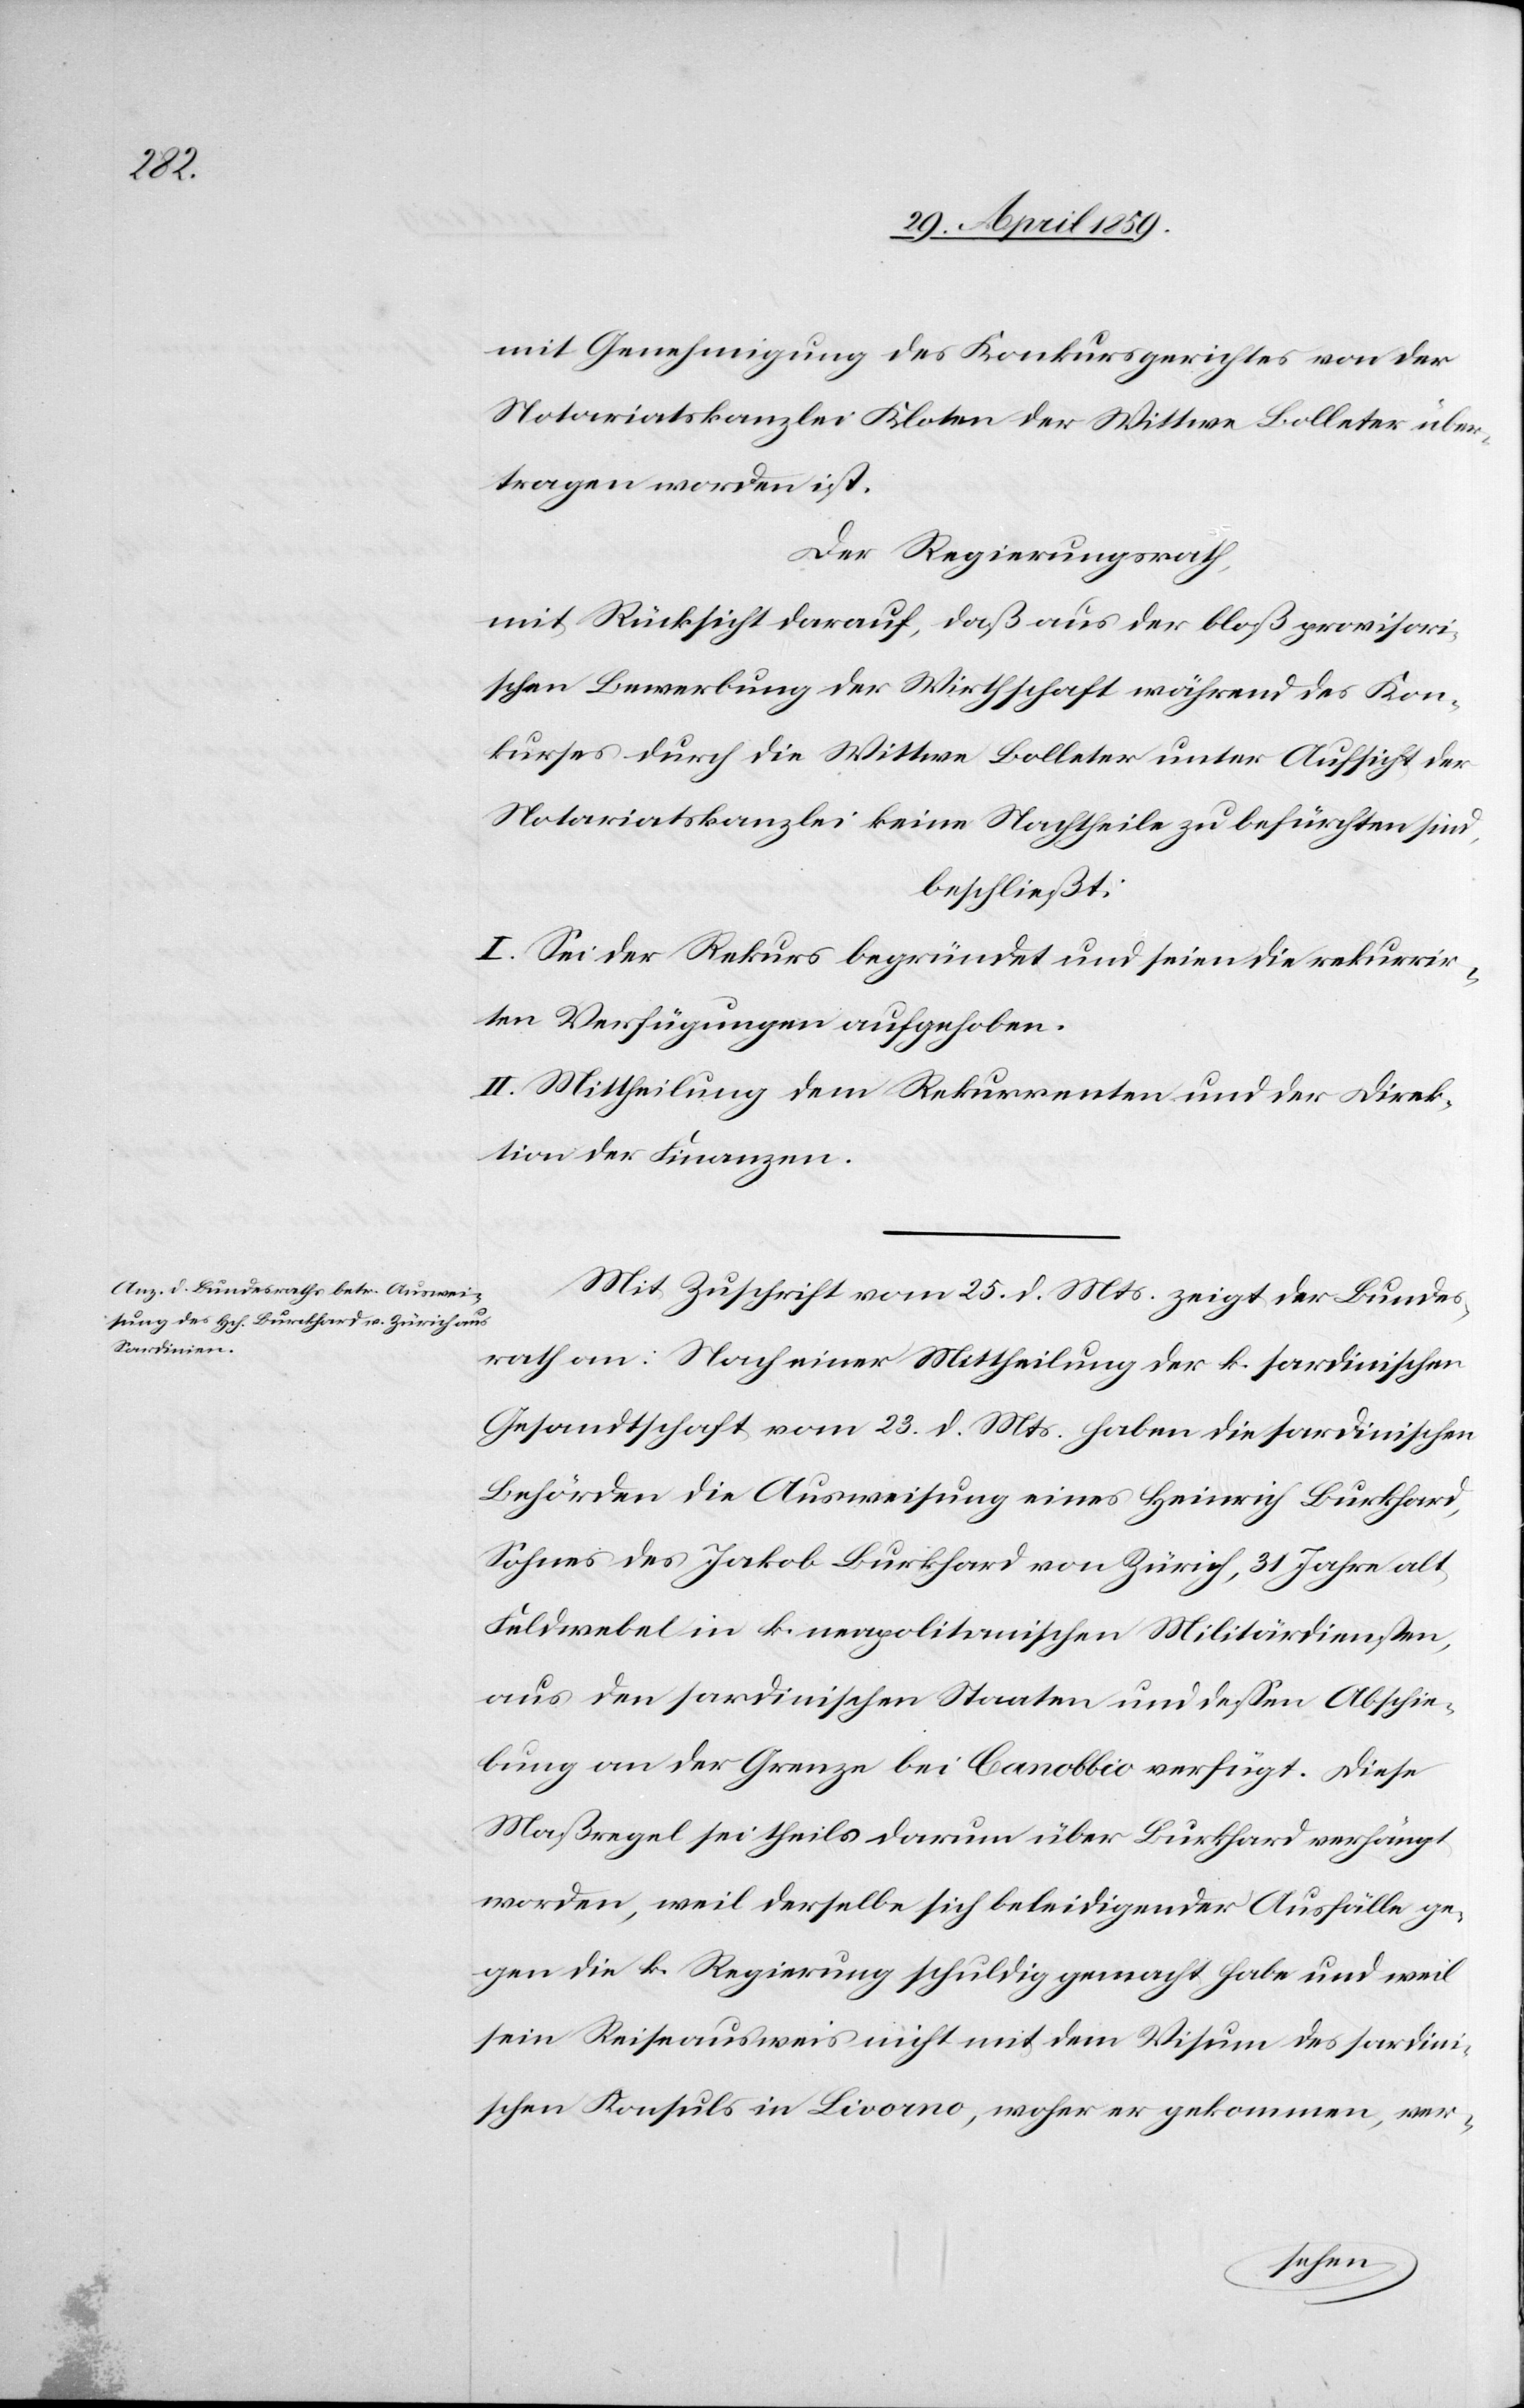
mit Genehmigung des Konkursgerichtes von der
Notariatskanzlei Kloten der Wittwe Bolleter über¬
tragen worden ist.
Der Regierungsrath,
mit Rücksicht darauf, daß aus der bloß provisori¬
schen Bewerbung der Wirthschaft während des Kon¬
kurses durch die Wittwe Bolleter unter Aufsicht der
Notariatskanzlei keine Nachtheile zu befürchten sind,
beschließt:
I. Sei der Rekurs begründet und seien die rekurrir¬
ten Verfügungen aufgehoben.
II. Mittheilung dem Rekurrenten und der Direk¬
tion der Finanzen.
Mit Zuschrift vom 25. d. Mts. zeigt der Bundes¬
rath an: Nach einer Mittheilung der k. sardinischen
Gesandtschaft vom 23. d. Mts. haben die sardinischen
Behörden die Ausweisung eines Heinrich Burckhard,
Sohnes des Jakob Burkhard [sic!] von Zürich, 31 Jahre alt
Feldwebel in k. neapolitanischen Militärdiensten,
aus den sardinischen Staaten und deßen Abschie¬
bung an der Grenze bei Canobbio verfügt. Diese
Maßregel sei theils darum über Burkhard verhängt
worden, weil derselbe sich beleidigender Ausfälle ge¬
gen die k. Regierung schuldig gemacht habe und weil
sein Reiseausweis nicht mit dem Visum des sardini¬
schen Konsuls in Livorno, woher er gekommen, ver-